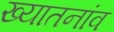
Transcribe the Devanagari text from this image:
ख्यातनांव